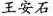
王安石